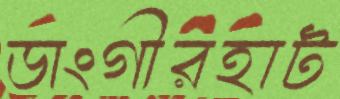
ডাংগীরহাট